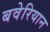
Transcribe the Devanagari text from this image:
बवेरियान